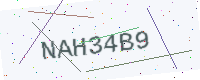
Text: NAH34B9